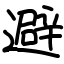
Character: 避